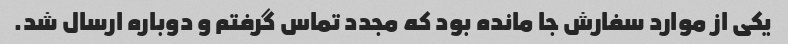
یکی از موارد سفارش جا مانده بود که مجدد تماس گرفتم و دوباره ارسال شد.